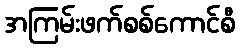
အကြမ်းဖက်စစ်ကောင်စီ